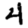
Digit: 4